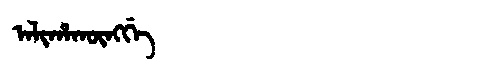
Manchu: ᠠᠯᡳᡥᠠᡴᡡᠩᡤᡝ
Romanization: ALIHAKŪNGGE